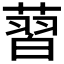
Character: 𦸚